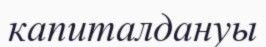
капиталдануы